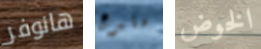
هانوفر متبرع الخوض